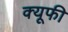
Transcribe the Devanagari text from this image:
क्यूफी